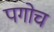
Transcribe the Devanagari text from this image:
पगोच